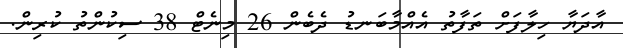
އާދަޔާ ހިލާފަށް ތަފާތު އެއްމާބަނޑު ދެބެން 26 މިނެޓް 38 ސިކުންތު ކުރިން.